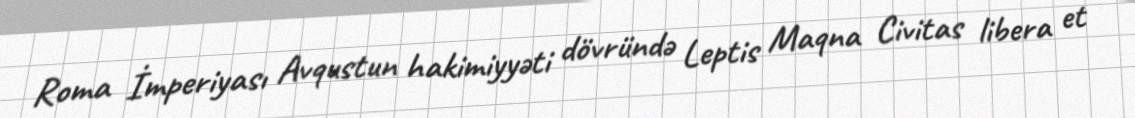
Roma İmperiyası Avqustun hakimiyyəti dövründə Leptis Maqna Civitas libera et